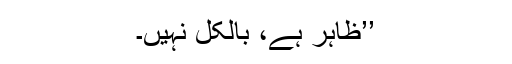
’’ظاہر ہے، بالکل نہیں۔